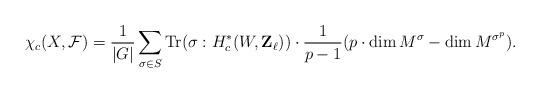
LaTeX: \begin{align*}\chi_c(X,{\cal F})=\frac1{|G|}\sum_{\sigma\in S}{\rm Tr}(\sigma: H^*_c(W,{\mathbf Z}_\ell))\cdot\dfrac1{p-1}(p\cdot\dim M^{\sigma}-\dim M^{\sigma^p}).\end{align*}